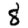
Digit: 8